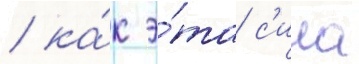
/ ка́к э́та с'ила